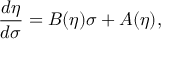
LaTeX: \frac { d \eta } { d \sigma } = B ( \eta ) \sigma + A ( \eta ) ,